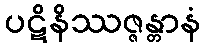
ပဋိနိဿဇ္ဇန္တာနံ